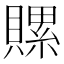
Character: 𧷳